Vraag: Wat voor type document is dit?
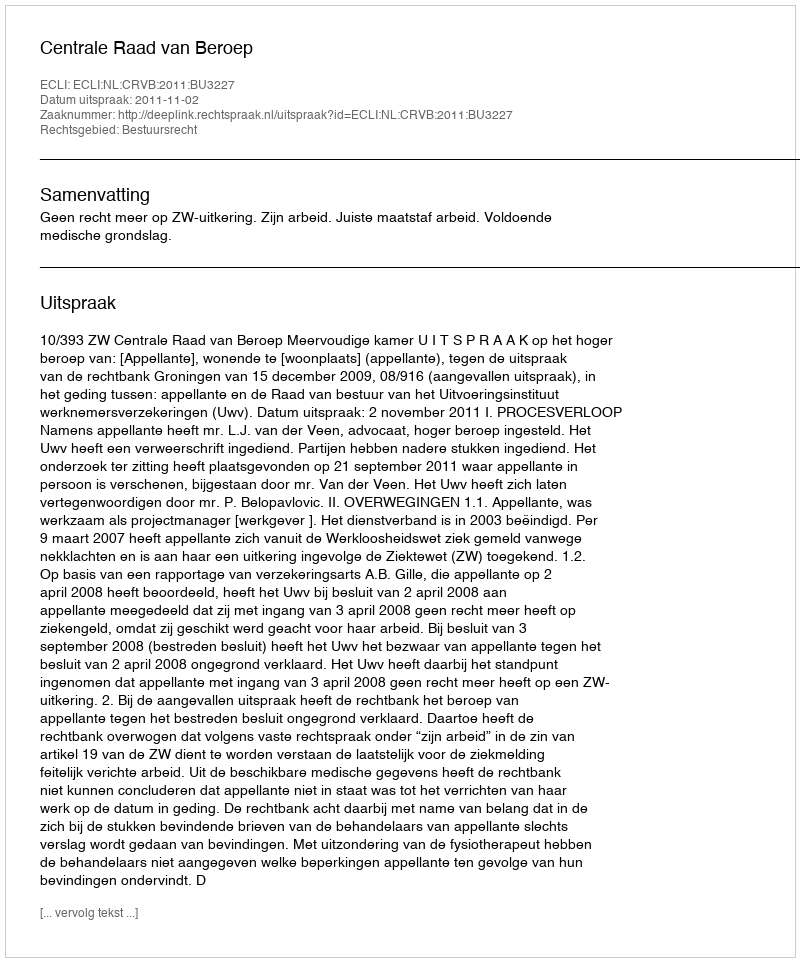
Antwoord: Uitspraak